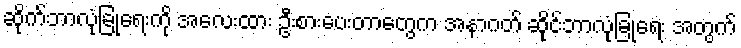
ဆိုက်ဘာလုံခြုံရေးကို အလေးထား ဦးစားပေးတာတွေက အနာဂတ် ဆိုင်ဘာလုံခြုံရေး အတွက်